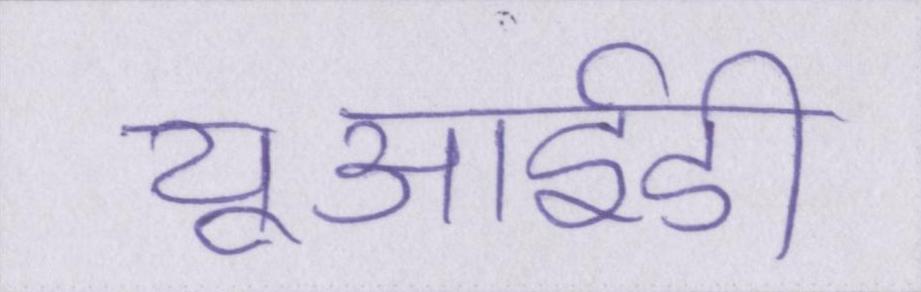
यूआईडी